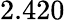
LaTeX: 2.420